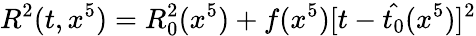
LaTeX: R^{2}(t,x^{5})=R_{0}^{2}(x^{5})+f(x^{5})[t-\hat{t_{0}}(x^{5})]^{2}